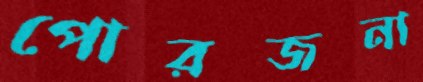
পোরজনা